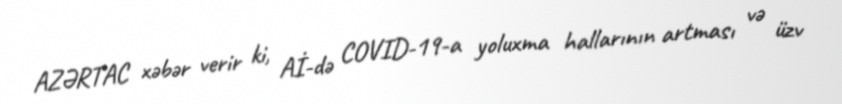
AZƏRTAC xəbər verir ki, Aİ-də COVID-19-a yoluxma hallarının artması və üzv